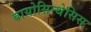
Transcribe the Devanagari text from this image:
बायोसिन्थेसिस